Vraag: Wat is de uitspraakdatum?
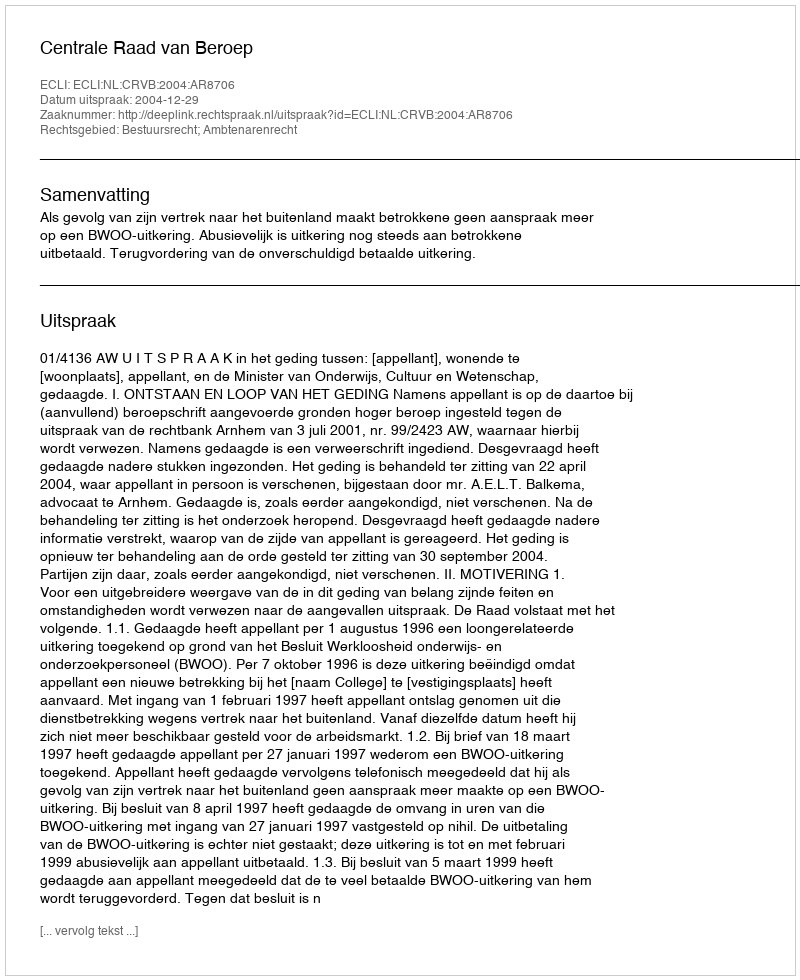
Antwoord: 2004-12-29